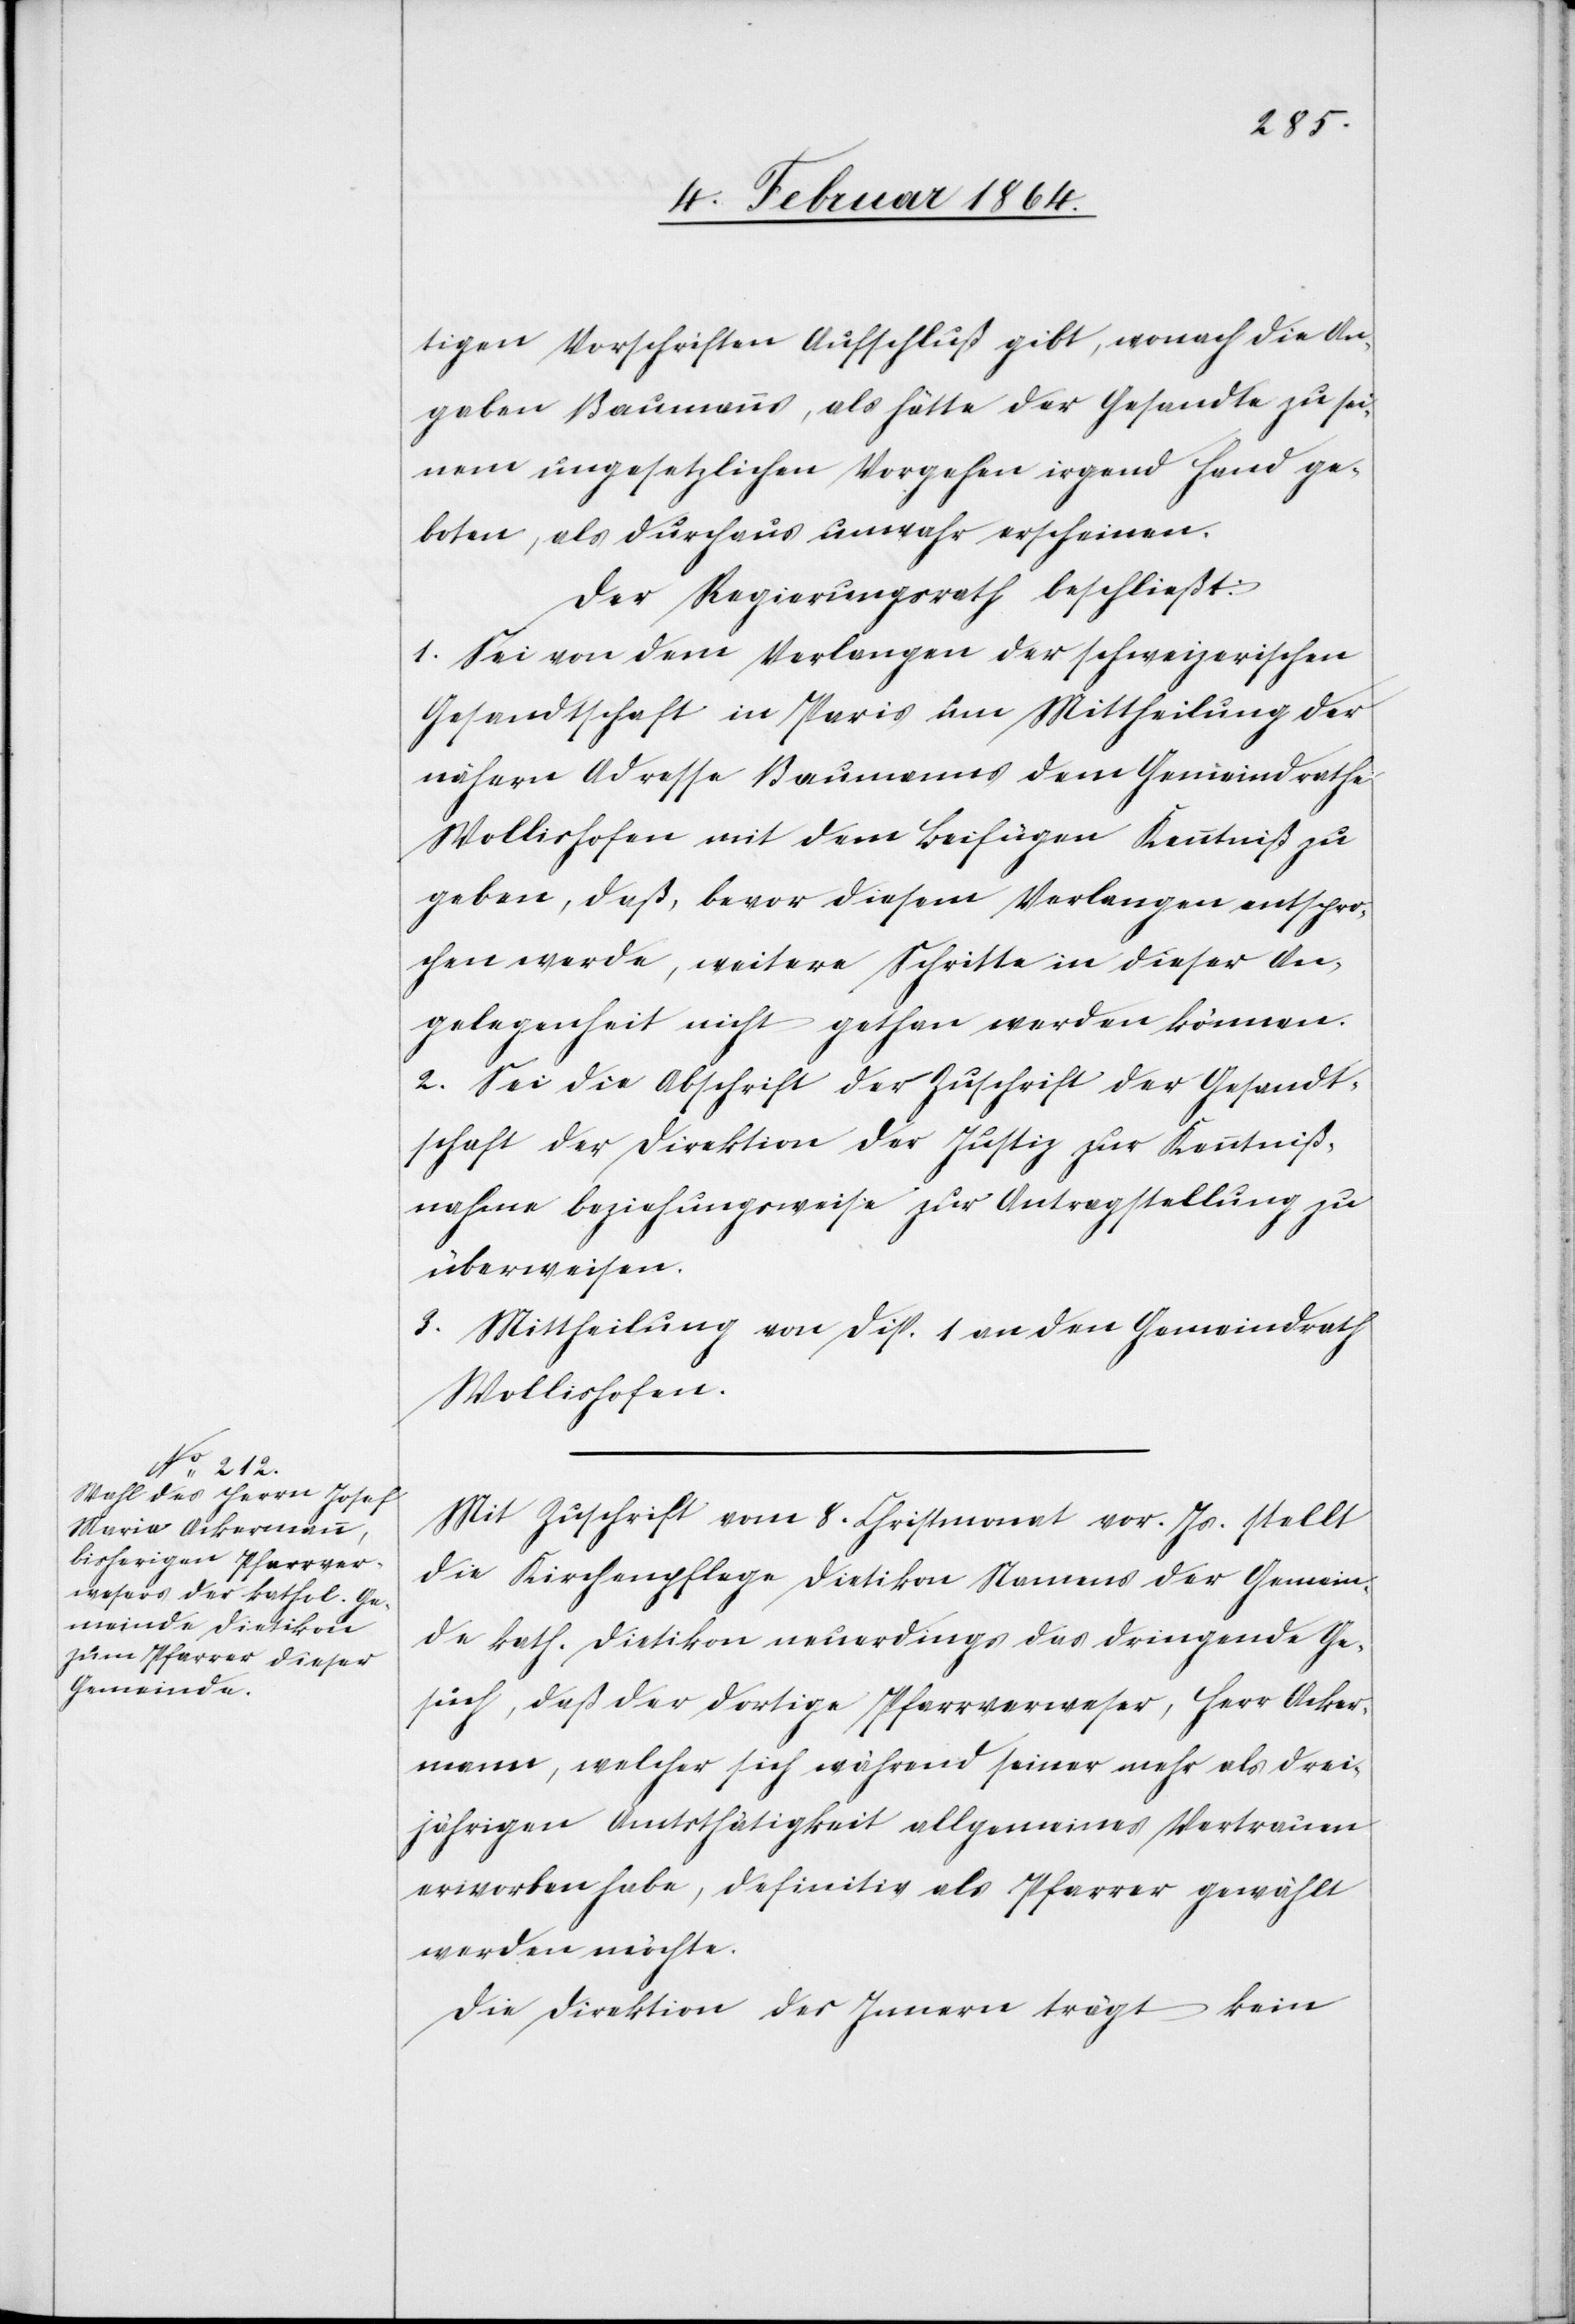
tigen Vorschriften Aufschluß gibt, wonach die An¬
gaben Baumanns, als hätte der Gesandte zu sei¬
nem ungesetzlichen Vorgehen irgend Hand ge¬
boten, als durchaus unwahr erscheinen.
Der Regierungsrath beschließt:
1. Sei von dem Verlangen der schweizerischen
Gesandtschaft in Paris um Mittheilung der
nähern Adresse Baumanns dem Gemeindrathe
Wollishofen mit dem Beifügen Kenntniß zu
geben, daß, bevor diesem Verlangen entspro¬
chen werde, weitere Schritte in dieser An¬
gelegenheit nicht gethan werden können.
2. Sei die Abschrift der Zuschrift der Gesandt¬
schaft der Direktion der Justiz zur Kenntniß¬
nahme beziehungsweise zur Antragstellung zu
überweisen.
3. Mittheilung von Disp. 1 an den Gemeindrath
Wollishofen.
Mit Zuschrift vom 8. Christmonat vor. Js. stellt
die Kirchenpflege Dietikon Namens der Gemein¬
de kath. Dietikon neuerdings das dringende Ge¬
such, daß der dortige Pfarrverweser, Herr Acker¬
mann, welcher sich während seiner mehr als drei¬
jährigen Amtsthätigkeit allgemeines Vertrauen
erworben habe, definitiv als Pfarrer gewählt
werden möchte.
Die Direktion des Innern trägt kein